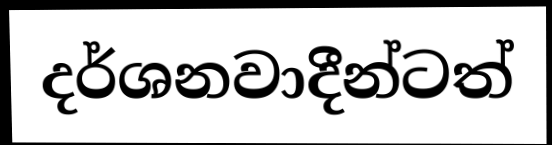
දර්ශනවාදීන්ටත්